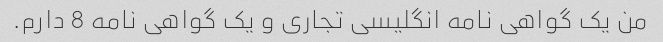
من یک گواهی نامه انگلیسی تجاری و یک گواهی نامه 8 دارم.